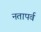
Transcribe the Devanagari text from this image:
नतापर्व